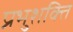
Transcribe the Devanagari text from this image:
प्रभुशक्ति